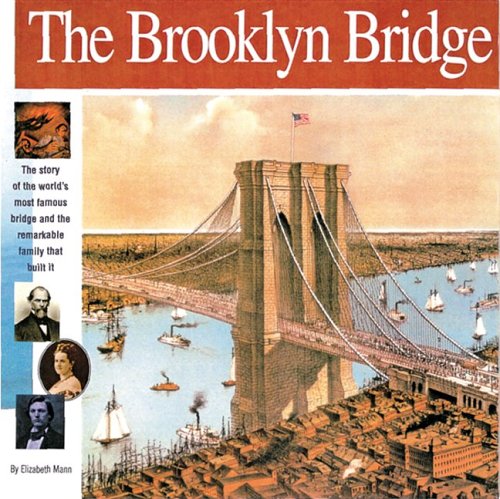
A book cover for The Brooklyn Bridge: The story of the world's most famous bridge and  the remarkable family that built it. (Wonders of the World Book); Elizabeth Mann; Children's Books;